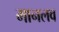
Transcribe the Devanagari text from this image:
मानलव